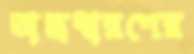
অস্ত্রধারণের